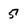
Character: 5